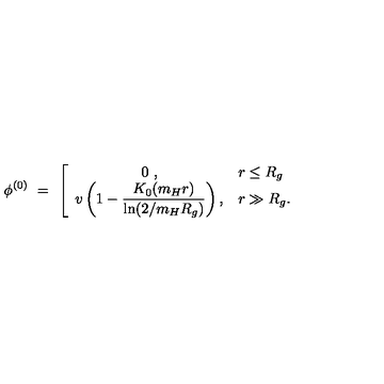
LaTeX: \phi ^ { ( 0 ) } \ = \ \left[ \begin{array} { c l } { \displaystyle 0 \ , } & { r \le R _ { g } } \\ { \displaystyle v \left( 1 - \frac { K _ { 0 } ( m _ { H } r ) } { \ln ( 2 / m _ { H } R _ { g } ) } \right) , } & { r \gg R _ { g } . } \\ \end{array} \right.